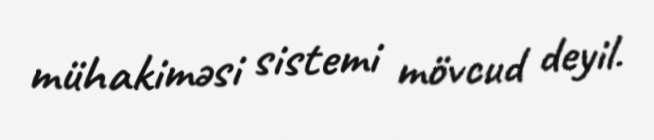
mühakiməsi sistemi mövcud deyil.